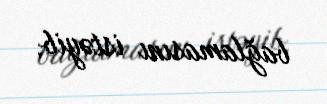
bağlamasını istəyib.